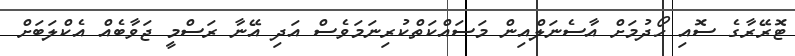
ޓޮރޭރާގެ ސޮއި ހޯދުމަށް އާސެނަލްއިން މަސައްކަތްކުރިނަމަވެސް އަދި އޭނާ ރަސްމީ ޖަވާބެއް އެކްލަބަށް